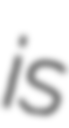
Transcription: is